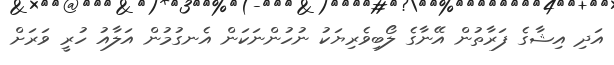
އަދި އިޝާގެ ފަރާތުން އޭނާގެ ލޯބިވެރިޔަކު ނުހުންނަކަން އެނގުމުން އަލާއު ހުރީ ވަރަށް